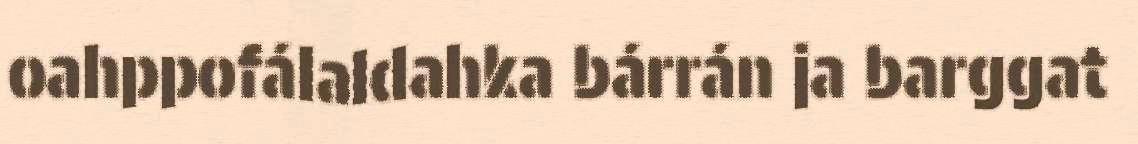
oahppofálaldahka bárrán ja barggat